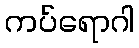
ကပ်ရောဂါ